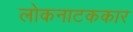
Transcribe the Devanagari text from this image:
लोकनाटककार